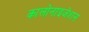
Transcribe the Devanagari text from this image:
कालोनाइजेशन